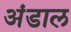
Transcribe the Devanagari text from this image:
अंडाल